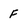
Character: F